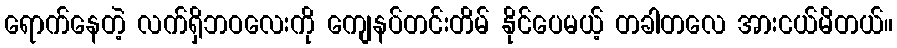
ရောက်နေတဲ့ လက်ရှိဘဝလေးကို ကျေနပ်တင်းတိမ် နိုင်ပေမယ့် တခါတလေ အားငယ်မိတယ်။